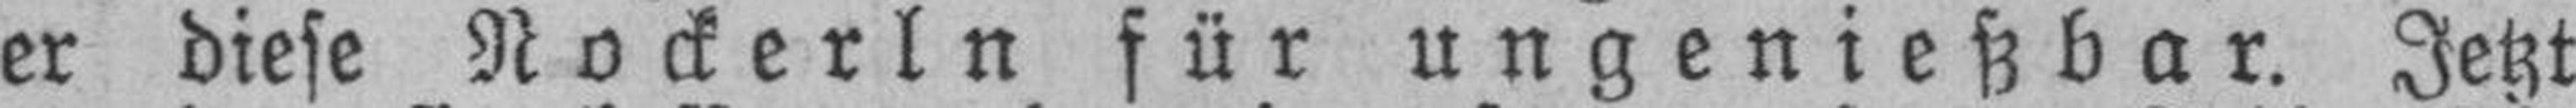
er diese Nockerln für ungenießbar. Jetzt